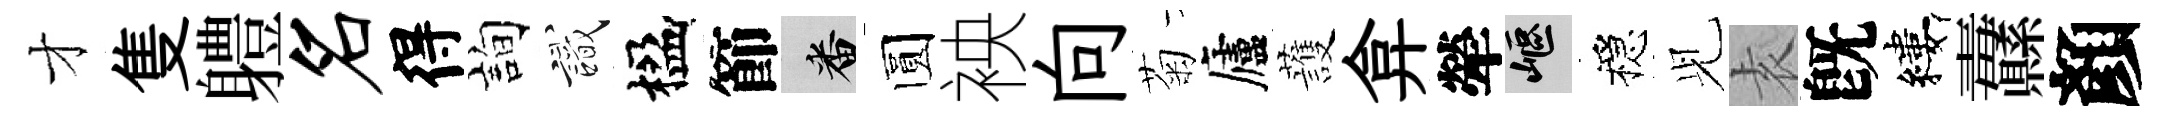
才隻軆名得詢識楹節番圆䘧向菊廬䕶弇犖嶇穩𫤗𡊮旣縷纛顏